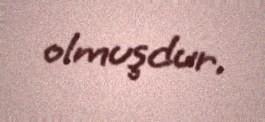
olmuşdur.